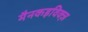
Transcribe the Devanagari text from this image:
मैनकइविक्ज़